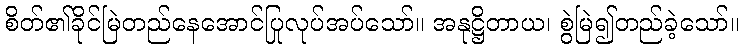
စိတ်၏ခိုင်မြဲတည်နေအောင်ပြုလုပ်အပ်သော်။ အနုဋ္ဌိတာယ၊ စွဲမြဲ၍တည်ခဲ့သော်။